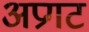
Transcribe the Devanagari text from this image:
अप्रगट